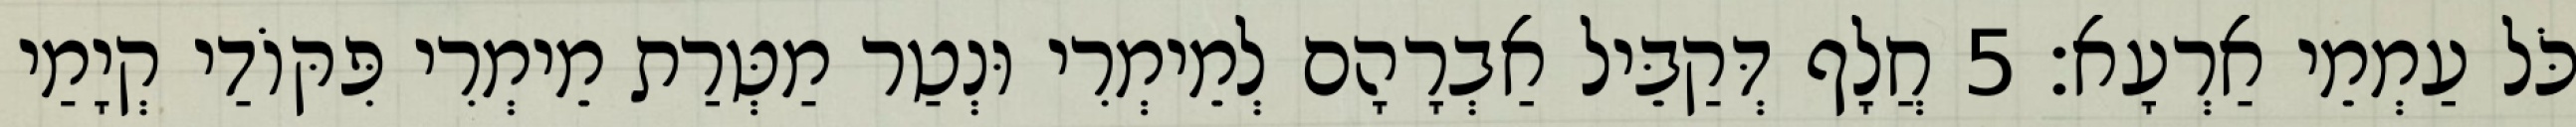
כֹּל עַמְמֵי אַרְעָא׃ 5 חֲלָף דְּקַבֵּיל אַבְרָהָם לְמֵימְרִי וּנְטַר מַטְּרַת מֵימְרִי פִּקּוֹדַי קְיָמַי